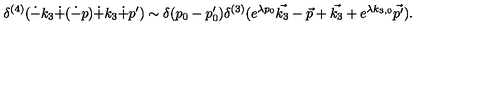
\delta ^ { ( 4 ) } ( \dot { - } k _ { 3 } \dot { + } ( \dot { - } p ) \dot { + } k _ { 3 } \dot { + } p ^ { \prime } ) \sim \delta ( p _ { 0 } - p _ { 0 } ^ { \prime } ) \delta ^ { ( 3 ) } ( e ^ { \lambda p _ { 0 } } \vec { k _ { 3 } } - \vec { p } + \vec { k _ { 3 } } + e ^ { \lambda k _ { 3 , 0 } } \vec { p ^ { \prime } } ) .